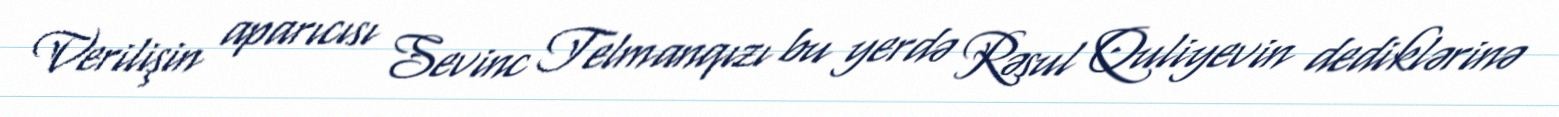
Verilişin aparıcısı Sevinc Telmanqızı bu yerdə Rəsul Quliyevin dediklərinə